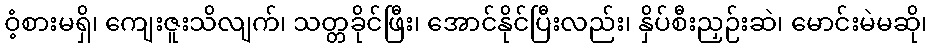
ဝံ့စားမရှိ၊ ကျေးဇူးသိလျက်၊ သတ္တခိုင်ဖြီး၊ အောင်နိုင်ပြီးလည်း၊ နှိပ်စီးညှဉ်းဆဲ၊ မောင်းမဲမဆို၊